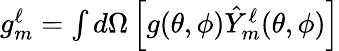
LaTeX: \begin{array}{r}{g_{m}^{\ell}=\int\mathop{d\Omega}\left[g(\theta,\phi)\hat{Y}_{m}^{\ell}(\theta,\phi)\right]}\end{array}